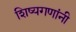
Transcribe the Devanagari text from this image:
शिष्यगणांनी